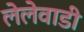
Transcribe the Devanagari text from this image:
लेलेवाडी